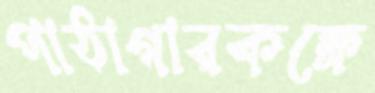
পাঠাগারকক্ষে